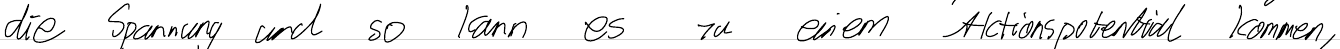
die Spannung und so kann es zu einem Aktionspotential kommen,